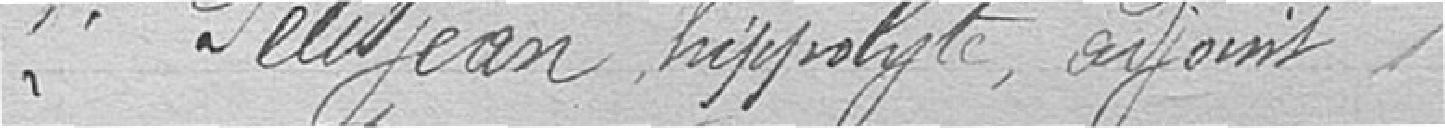
2. PETITJEAN, Hippolyte, adjoint